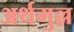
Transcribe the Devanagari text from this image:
अर्थमुल्ल